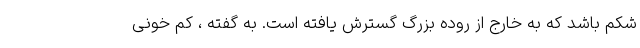
شکم باشد که به خارج از روده بزرگ گسترش یافته است. به گفته ، کم خونی